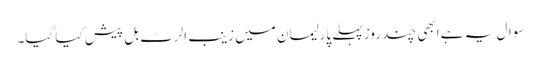
سوال یہ ہے ابھی چند روز پہلے پارلیمان میں زینب الرٹ بل پیش کیا گیا۔